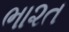
ભા૨ત